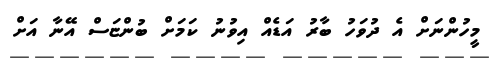
މީހުންނަށް އެ ދުވަހު ބާރު އަޑެއް އިވުނު ކަމަށް ބުންޏަސް އޭނާ އަށް